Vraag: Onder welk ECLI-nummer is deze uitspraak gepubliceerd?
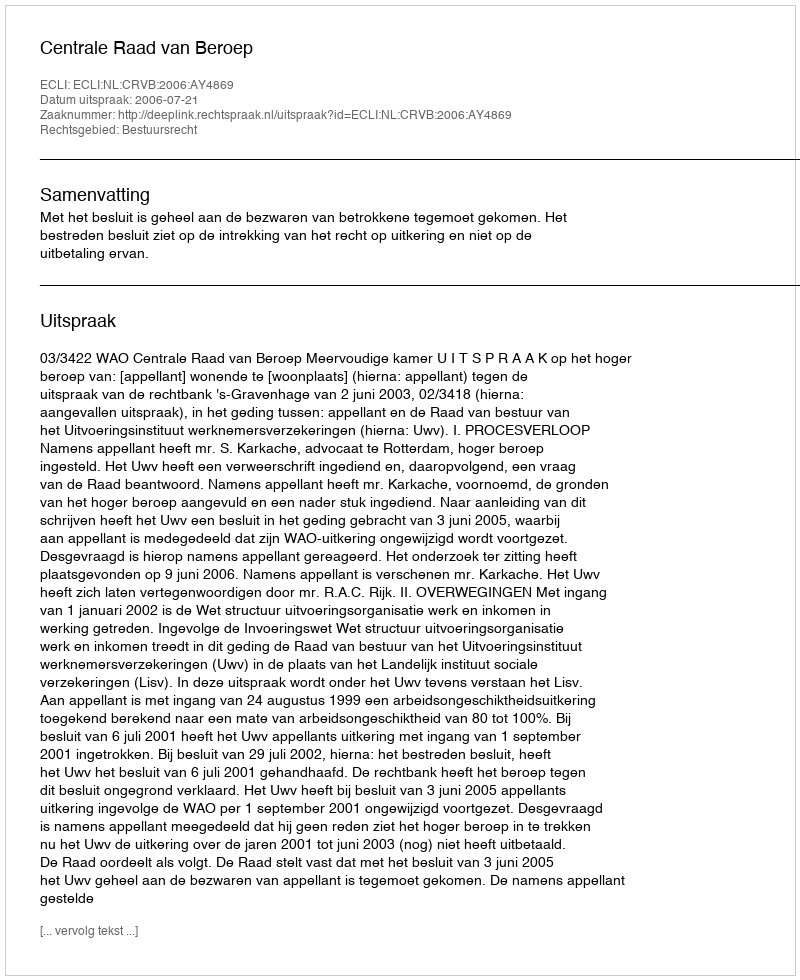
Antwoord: ECLI:NL:CRVB:2006:AY4869